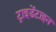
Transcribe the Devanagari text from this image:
ट्राइडेंटाइन